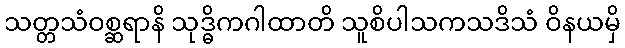
သတ္တသံဝစ္ဆရာနိ သုဒ္ဓိကဂါထာတိ သူစိပါသကသဒိသံ ဝိနယမှိ